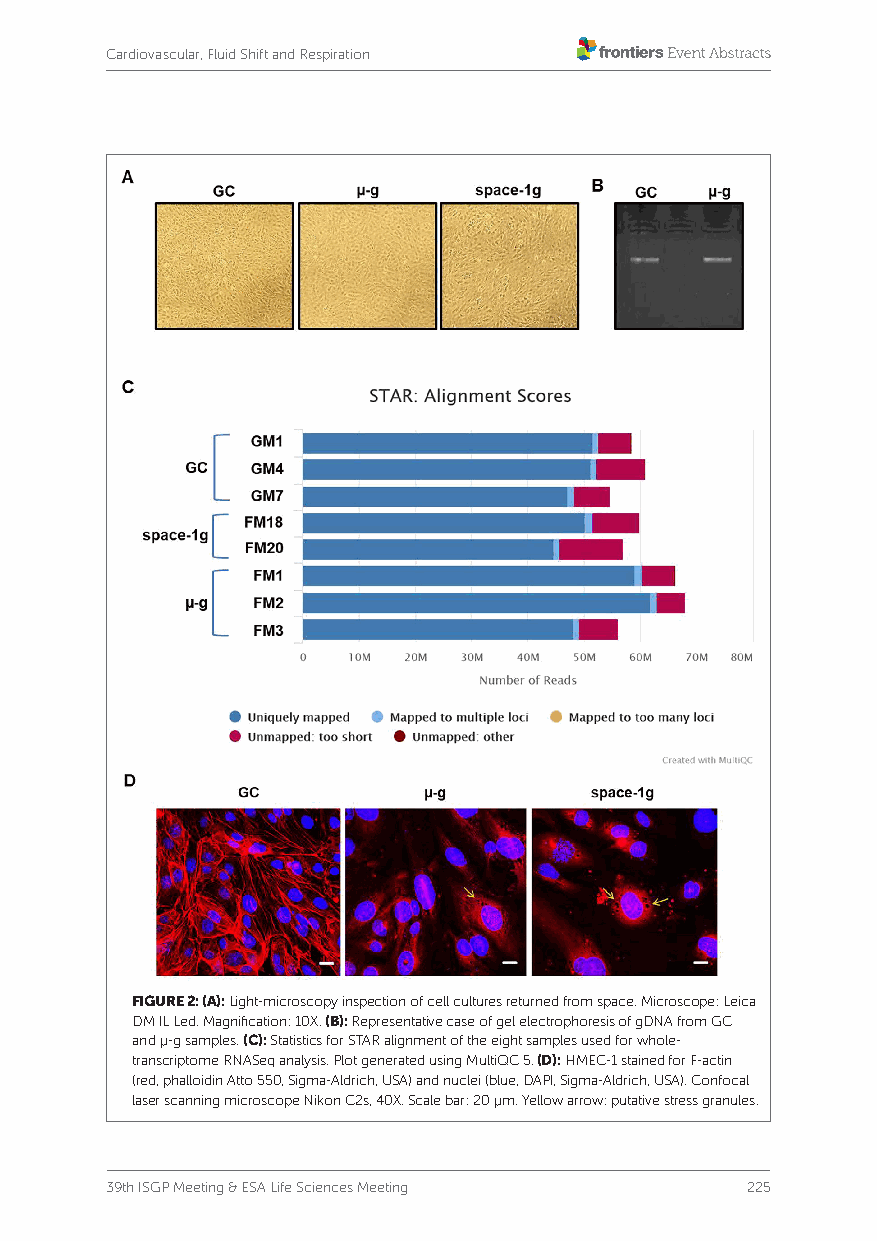
Cardiovascular, Fluid Shift and Respiration
 FIGURE 2: (A): Light-microscopy inspection of cell cultures returned from space. Microscope: Leica
 DM IL Led. Magnification: 10X. (B): Representative case of gel electrophoresis of gDNA from GC
 and μ-g samples. (C): Statistics for STAR alignment of the eight samples used for whole-
 transcriptome RNASeq analysis. Plot generated using MultiQC 5. (D): HMEC-1 stained for F-actin
 (red, phalloidin Atto 550, Sigma-Aldrich, USA) and nuclei (blue, DAPI, Sigma-Aldrich, USA). Confocal
 laser scanning microscope Nikon C2s, 40X. Scale bar: 20 μm. Yellow arrow: putative stress granules.
 39th ISGP Meeting & ESA Life Sciences Meeting 225